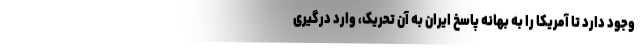
وجود دارد تا آمریکا را به بهانه پاسخ ایران به آن تحریک، وارد درگیری